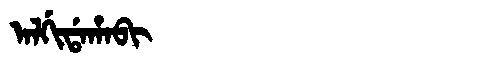
Manchu: ᠠᠯᡤᡳᡩᠠᡥᠠᠪᡳ
Romanization: ALGIDAHABI